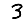
Digit: 3